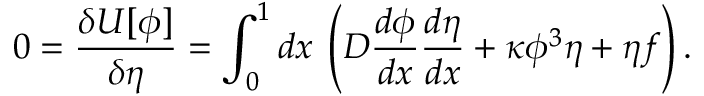
0 = \frac { \delta U [ \phi ] } { \delta \eta } = \int _ { 0 } ^ { 1 } d x \: \left( D \frac { d \phi } { d x } \frac { d \eta } { d x } + \kappa \phi ^ { 3 } \eta + \eta f \right) .